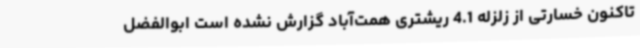
تاکنون خسارتی از زلزله 4.1 ریشتری همت‌آباد گزارش نشده است ابوالفضل